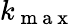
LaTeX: k_{\mathrm{~m~a~x~}}